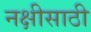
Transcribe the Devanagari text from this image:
नक्षीसाठी